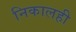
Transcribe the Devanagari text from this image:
निकालही